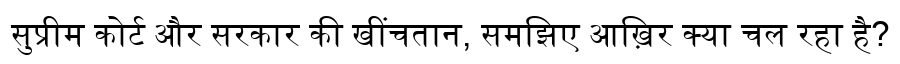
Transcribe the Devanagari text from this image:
सुप्रीम कोर्ट और सरकार की खींचतान, समझिए आख़िर क्या चल रहा है?